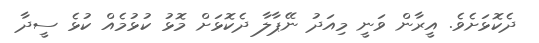
ދެކޮޅަށެވެ. އީރާން ވަނީ މިއަދު ނޭޕާލާ ދެކޮޅަށް މޮޅު ކުޅުމެއް ކުޅެ ސީދާ